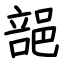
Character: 郶